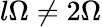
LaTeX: l\Omega\neq 2\Omega